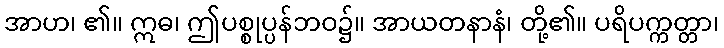
အာဟ၊ ၏။ ဣဓ၊ ဤပစ္စုပ္ပန်ဘဝ၌။ အာယတနာနံ၊ တို့၏။ ပရိပက္ကတ္တာ၊